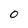
Character: O